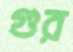
গুর